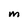
Character: M